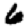
Digit: 6